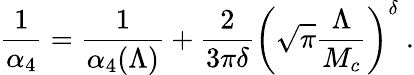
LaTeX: \frac{1}{\alpha_{4}}=\frac{1}{\alpha_{4}(\Lambda)}+\frac{2}{3\pi\delta}\left(\sqrt{\pi}\frac{\Lambda}{M_{c}}\right)^{\delta}~.